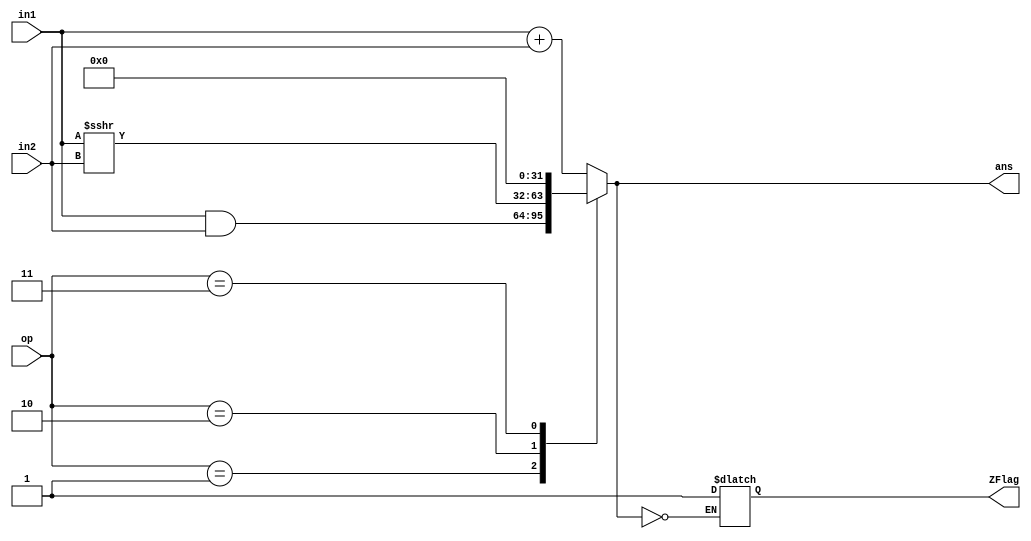
module ALU(input [1:0] op,input [31:0] in1,input [31:0] in2,output reg ZFlag,output reg [31:0]  ans);
always @(op or in1 or in2)
begin
    case(op)
        2'd0:begin
                    ans=in1 + in2;                    
                end
        2'd1:begin
                    ans=in1 & in2;
                end
        2'd2:begin
                    ans=in1>>>in2;
                end
        2'd3:begin
                ans=32'd0;
                end
    endcase
    if(ans==32'b0)
    begin 
        ZFlag=1'b1;
    end
end
endmodule